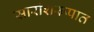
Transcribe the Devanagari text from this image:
सारांशरूपात